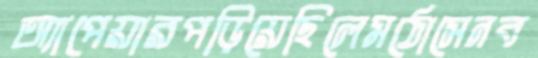
অ্যাপেয়ারপড়িয়েছিলেমঠোসেনব